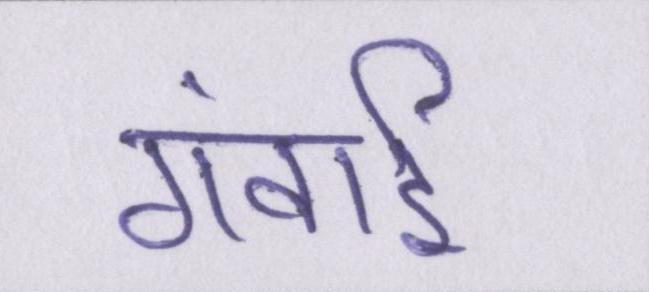
गंवाई